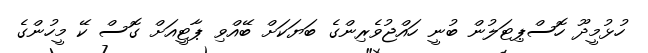
ހުޅުމީދޫ ހޮސްޕިޓަލުން ބުނީ ހައްޖުވެރިންގެ ބަޔަކަށް ބޭއްވި ޕާޓީއަށް ގޮސް ކޭ މީހުންގެ